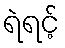
ရဲရင့်